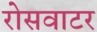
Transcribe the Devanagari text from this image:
रोसवाटर